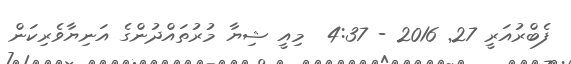
ފެބްރުއަރީ 27